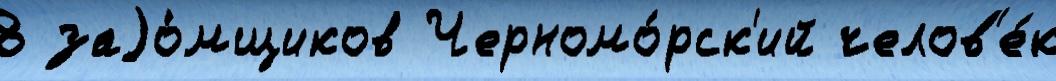
8 заjо́мщиков Черномо́рск'ий челов'е́к